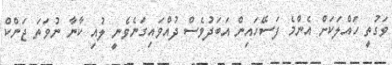
ވަގުތީ ހައްލަކަށް އެންމެ ފަސޭހައިން އަބަދުވެސް ދުއްވައިގަނެވެނީ ލުއި ކާނާ ނުވަތަ ޖަންކް